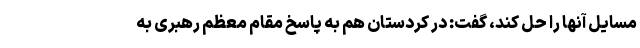
مسایل آنها را حل کند، گفت: در کردستان هم به پاسخ مقام معظم رهبری به